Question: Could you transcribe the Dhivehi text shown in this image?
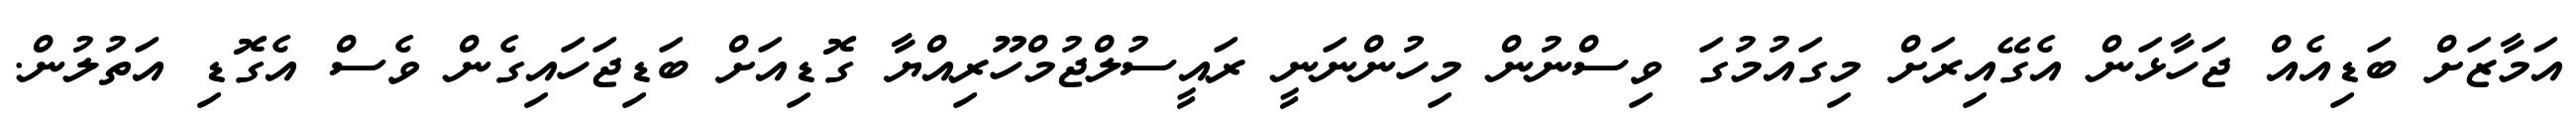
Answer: އަމާޒަށް ބަޑިއެއް ޖަހާޅަން އެގޭއިރަށް މިގައުމުގަ ވިސްނުން މިހުންނަނީ ރައީސުލްޖުމްހޫރިއްޔާ ގޮޑިއަށް ބަޑިޖަހައިގެން ވެސް އެގޮޑި އަތުލުން.